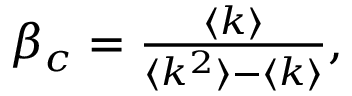
\begin{array} { r } { \beta _ { c } = \frac { \langle k \rangle } { \langle k ^ { 2 } \rangle - \langle k \rangle } , } \end{array}